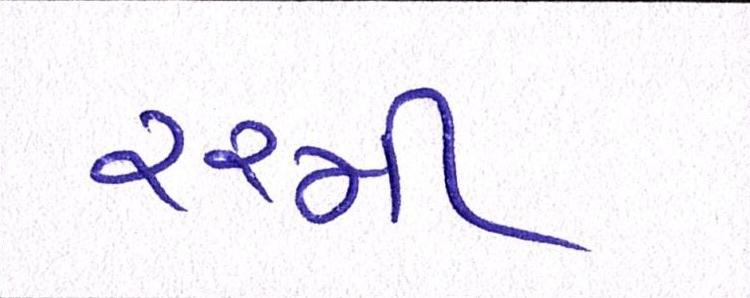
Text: ૨૨મી